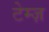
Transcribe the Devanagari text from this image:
टेम्ज़